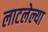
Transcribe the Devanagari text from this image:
लाटलेल्या